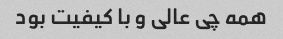
همه چی عالی و با کیفیت بود